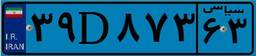
۳۹D۸۷۳۶۳